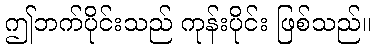
ဤဘက်ပိုင်းသည် ကုန်းပိုင်း ဖြစ်သည်။